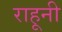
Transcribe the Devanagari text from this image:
राहूनी